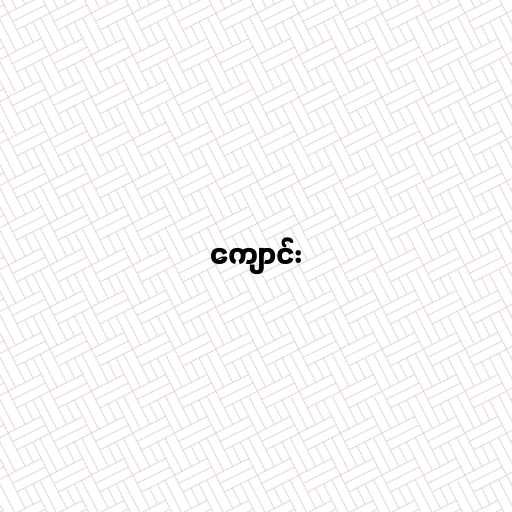
ကျောင်း